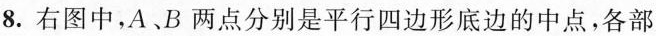
8.右图中，A、B两点分别是平行四边形底边的中点，各部